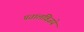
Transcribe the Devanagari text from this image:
पतालविजये